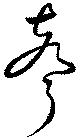
声